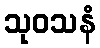
သုဝသနံ